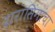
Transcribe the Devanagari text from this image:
दारासिंगांचा